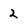
Character: 2